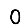
Digit: 0